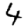
Digit: 4